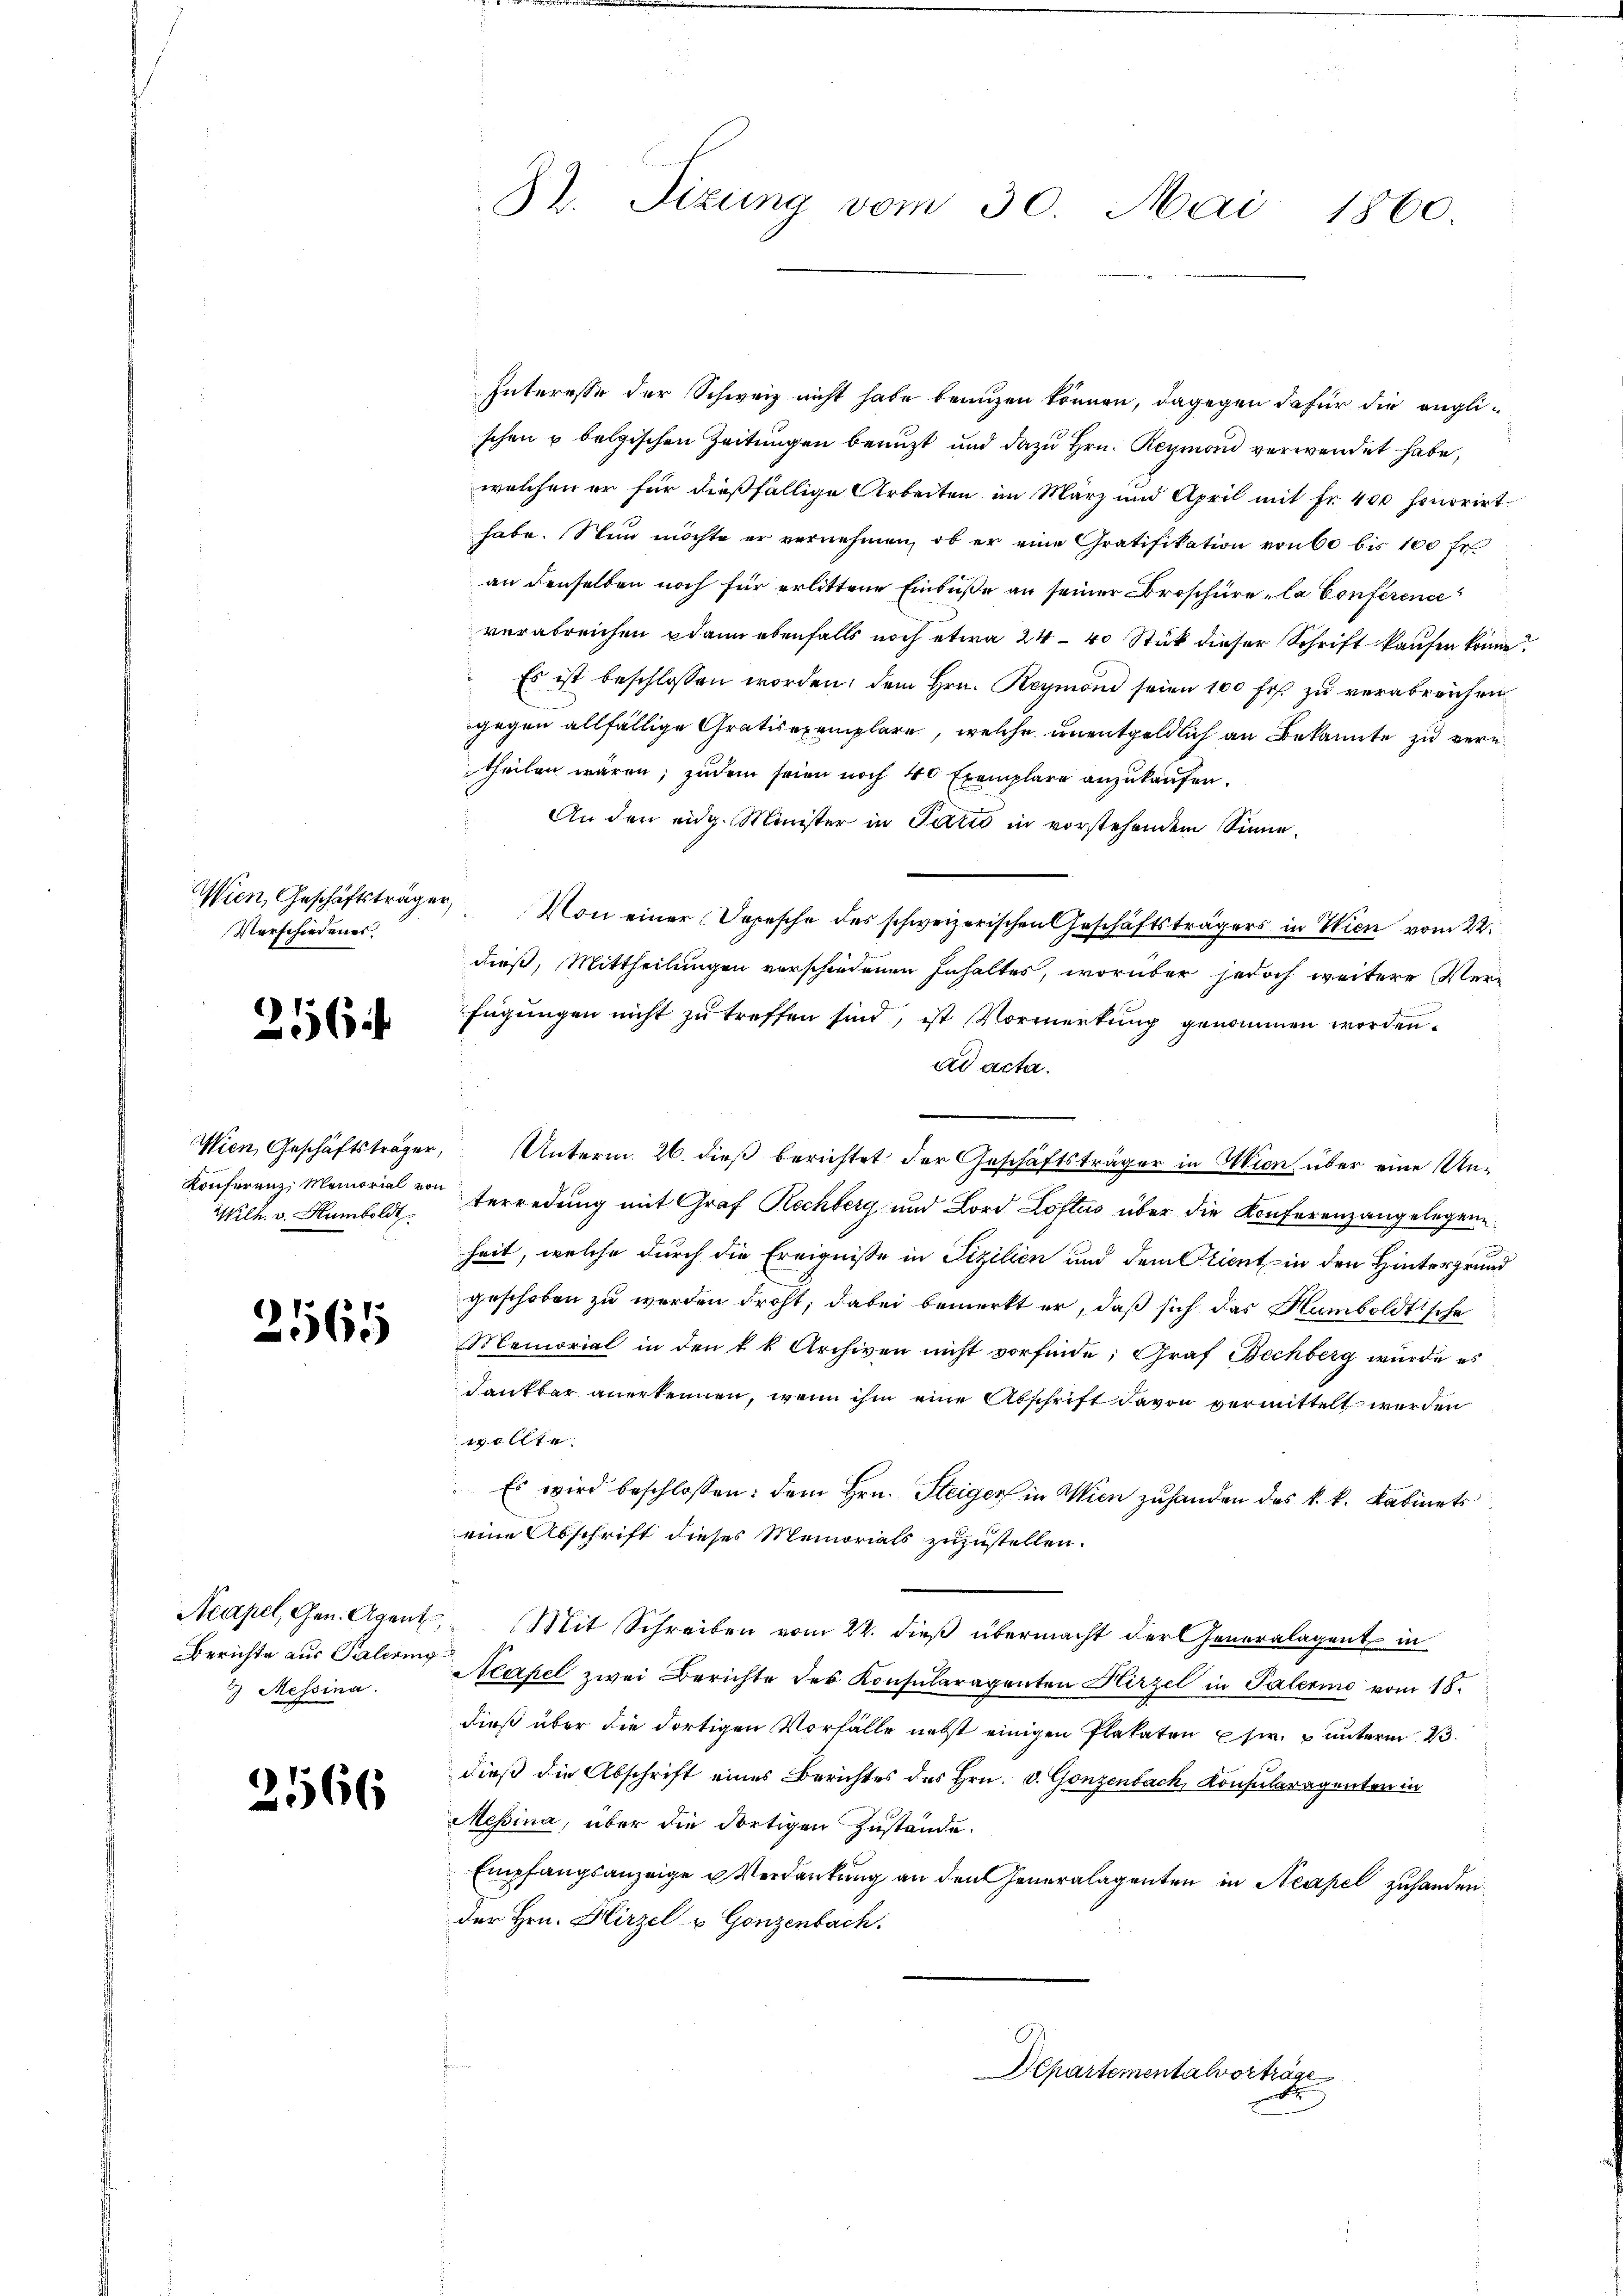
Wien, Geschäftsträger,
Verschiedenes.

216

Wien, Geschäftsträger,
Konferenz Memorial von
Wilh. v. Humboldt

2565

Neapel, Gen. Agent
Berichte aus Palering
7 Messina.

2566

32. Sizung vom 30. Mai 1860

Interesse der Schweiz nicht habe beanzen können, dagegen dafür die engli-
schen u belgischen Zeitungen benuzt und dazu Hrn. Reymond verwendet habe,
welchen er für dießfällige Arbeiten im März und April mit Fr. 400 honorirt.
habe. Stun möchte er vernehmen, ob er eine Gratifikation von 60 bis 100 fr.
an denselben noch für erlittene Einbuße an seiner Broschüre, la Conference
verabreichen dann ebenfalls noch etwa 24 40 Stück dieser Schrift kaufen könne
Es ist beschlossen worden, dem Hrn. Reymond seien 100 fr. zu verabreichen
gegen allfällige Gratisexemplare, welche unentgeldlich an Bekannte zu verntheilen wären; zudem seien noch 40 Exemplare anzukaufen.
An den eidg. Minister in Paris in vorstehendem Sinne¬
Von einer Depesche des schweizerischen Geschäftsträgers in Wien vom 22.
dieß, Mittheilungen verschiedenen Inhaltes, worüber jedoch weitere Verfügungen nicht zu treffen sind, ist Vormerkung genommen worden.
ad acta.
Unterm 26. dieß berichtet der Geschäftsträger in Wien, über eine Unterredung mit Graf Rechberg und Bord Loftus über die Konferenzangelegen
heit, welche durch die Ereignisse in Fizilien und dem Stient in den Hintergrund
geschoben zu werden droht; dabei bemerkt er, daß sich das Humboldtische
Memorial in den k. k. Archiven nicht vorfinde; Graf Bechberg wurde es
Dankbar anerkennen, wenn ihm eine Abschrift davon vermittelt werden
1
Es wird beschlossen: dem Hrn. Steiger in Wien zuhanden des k. k. Kabinets
eine Abschrift dieses Memorials zuzustellen.
Mit Schreiben vom 22. dieß übermacht der Generalagent in
Neapel zwei Berichte des Konsularagenten Hirzel in Palerino vom 18.
dieß über die dortigen Vorfälle nebst einigen Plakaten usw. unterm 23.
dieß die Abschrift eines Berichtes des Hrn. v. Gonzenbach, Konsularagenten in
Messina, über die dortigen Zustände.
Empfangsanzeige u Verdankung an den Generalagenten in Neapel zuhanden
der Hrn. Hirzel u Gonzenbach.
Departementalvortrage